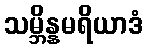
သမ္ဘိန္နမရိယာဒံ